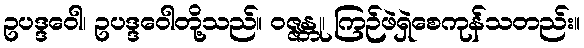
ဥပဒ္ဒဝေါ၊ ဥပဒ္ဒဝေါတို့သည်။ ဝဇ္ဇန္တု၊ ကြဉ်ဖဲရှဲစေကုန်သတည်း။